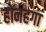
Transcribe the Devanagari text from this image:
होनहगा